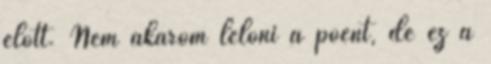
előtt. Nem akarom lelőni a poént, de ez a